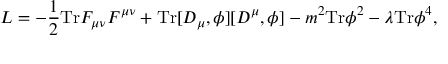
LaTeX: { \cal L } = - \frac { 1 } { 2 } \mathrm { T r } F _ { \mu \nu } F ^ { \mu \nu } + \mathrm { T r } [ D _ { \mu } , \phi ] [ D ^ { \mu } , \phi ] - m ^ { 2 } \mathrm { T r } \phi ^ { 2 } - \lambda \mathrm { T r } \phi ^ { 4 } ,